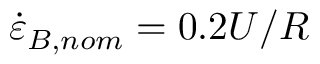
\dot { \varepsilon } _ { B , n o m } = 0 . 2 U / R